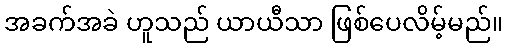
အခက်အခဲ ဟူသည် ယာယီသာ ဖြစ်ပေလိမ့်မည်။